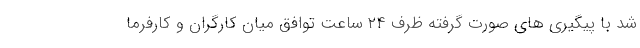
شد با پیگیری های صورت گرفته ظرف ۲۴ ساعت توافق میان کارگران و کارفرما